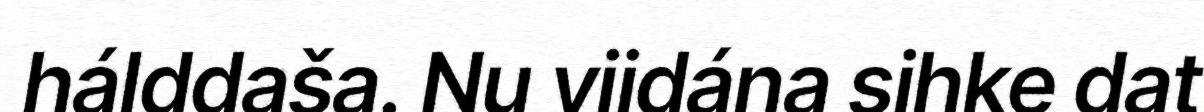
hálddaša. Nu viidána sihke dat